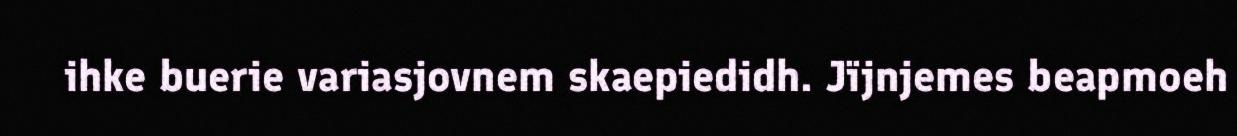
ihke buerie variasjovnem skaepiedidh. Jïjnjemes beapmoeh